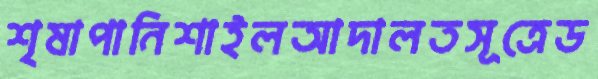
শৃষাপানিশাইলআদালতসূত্রেড